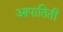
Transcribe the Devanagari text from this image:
आपातिती